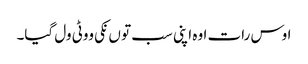
اوس رات اوہ اپنی سب تو ں نکی ووٹی ول گیا۔